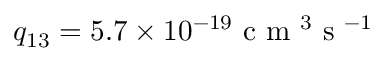
q _ { 1 3 } = 5 . 7 \times 1 0 ^ { - 1 9 } \mathrm { ~ c ~ m ~ } ^ { 3 } \mathrm { ~ s ~ } ^ { - 1 }